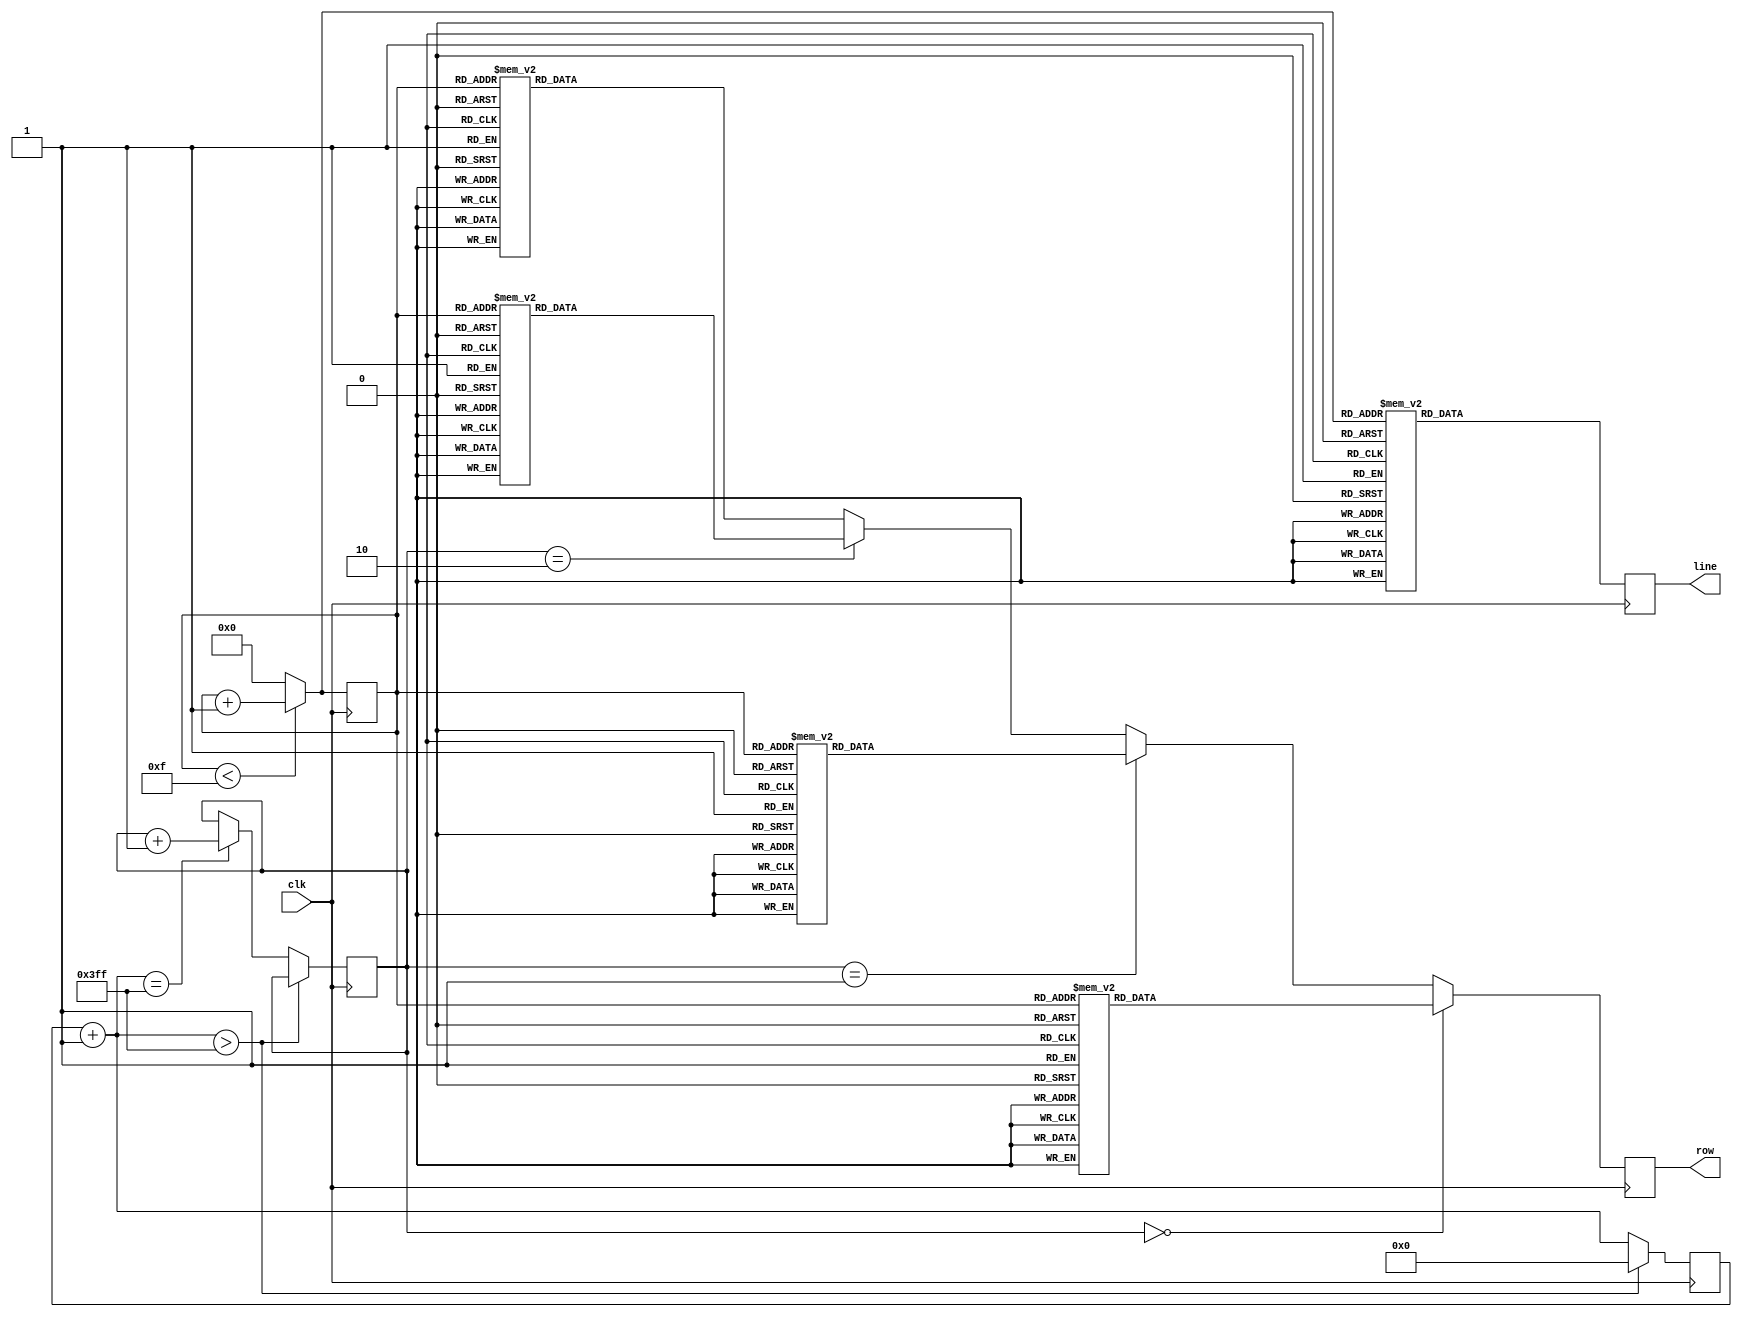
`timescale 1ns / 1ps
module name(clk,row,line);
    input clk;
    output [15:0] row;   //
    output [3:0] line;   //
    reg [3:0] count = 'd0; //
    reg [9:0] num = 'd0;  //
    reg [2:0] S = 'd0;    //
    reg [3:0] line = 16'b1111111111111110; //
    reg [15:0] row = 16'b0100000000001000; //led

    always @(posedge clk) begin
        num = num + 1'b1;
        if (num > 10'd1023)
            num = 10'd00000000;
        else if (num == 10'd1023) begin //
            if (S == 4'd010) begin
                S = 3'b000;
            end else begin
                S = S + 1'b1;
            end
        end else begin
            S = S;
        end
    end

    always @(posedge clk) begin
        if (count < 4'd15) begin
            line = 3'b111; // 
            count = count + 1'd1;
        end else begin
            count = 4'd0;
        end
        // line3line[count] = 1'b0
        // count0
        case (count[3:0])
            4'd0: line = 4'b0000;
            4'd1: line = 4'b0001;
            4'd2: line = 4'b0010;
            4'd3: line = 4'b0011;
            4'd4: line = 4'b0100;
            4'd5: line = 4'b0101;
            4'd6: line = 4'b0110;
            4'd7: line = 4'b0111;
            4'd8: line = 4'b1000;
            4'd9: line = 4'b1001;
            4'd10: line = 4'b1010;
            4'd11: line = 4'b1011;
            4'd12: line = 4'b1100;
            4'd13: line = 4'b1101;
            4'd14: line = 4'b1110;
            4'd15: line = 4'b1111;
            default: line = 4'b111; // 
        endcase
    end

    always @(posedge clk) begin
        if (S == 4'b000) begin //  150
            case (count)
                4'b0000: row = 16'b0000000000000000;
                4'b0001: row = 16'b0000000000000000;
                4'b0010: row = 16'b0111111111111100;
                4'b0011: row = 16'b0000000100000000;
                4'b0100: row = 16'b0000000100000000;
                4'b0101: row = 16'b0000000100000000;
                4'b0110: row = 16'b0000000100000000;
                4'b0111: row = 16'b0000000100000000;
                4'b1000: row = 16'b0011111111111000;
                4'b1001: row = 16'b0000000100000000;
                4'b1010: row = 16'b0000000100000000;
                4'b1011: row = 16'b0000000100000000;
                4'b1100: row = 16'b0000000100000000;
                4'b1101: row = 16'b0000000100000000;
                4'b1110: row = 16'b1111111111111111;
                4'b1111: row = 16'b0000000000000000;
                default: row = 16'b0;
            endcase
        end else if (S == 4'b001) begin //
            case (count)
                4'b0000: row = 16'b0000001000000000;
                4'b0001: row = 16'b0000000100000000;
                4'b0010: row = 16'b0000000100000000;
                4'b0011: row = 16'b1111111111111110;
                4'b0100: row = 16'b0001000000010000;
                4'b0101: row = 16'b0001000000010000;
                4'b0110: row = 16'b0000100000100000;
                4'b0111: row = 16'b0000100000100000;
                4'b1000: row = 16'b0000010001000000;
                4'b1001: row = 16'b0000001010000000;
                4'b1010: row = 16'b0000000100000000;
                4'b1011: row = 16'b0000001010000000;
                4'b1100: row = 16'b0000010001000000;
                4'b1101: row = 16'b0000100000100000;
                4'b1110: row = 16'b0011000000011000;
                4'b1111: row = 16'b1100000000000110;
                default: row = 16'b0;
            endcase
        end else if (S == 4'b010) begin //
            case (count)
                4'b0000: row = 16'b0000000100000000;
                4'b0001: row = 16'b0010000100000000;
                4'b0010: row = 16'b0001000111111100;
                4'b0011: row = 16'b0001001000000000;
                4'b0100: row = 16'b1000010111111000;
                4'b0101: row = 16'b0100000100001000;
                4'b0110: row = 16'b0100100101001000;
                4'b0111: row = 16'b0000100100101000;
                4'b1000: row = 16'b0001011111111110;
                4'b1001: row = 16'b0001000100001000;
                4'b1010: row = 16'b1110001001001000;
                4'b1011: row = 16'b0010001000101000;
                4'b1100: row = 16'b0010001111111100;
                4'b1101: row = 16'b0010000000001000;
                4'b1110: row = 16'b0010000001010000;
                4'b1111: row = 16'b0000000000100000;
                default: row = 16'b0;
            endcase
        end else begin //
            case (count)
                4'b0000: row = 16'b0;
                4'b0001: row = 16'b0;
                4'b0010: row = 16'b0;
                4'b0011: row = 16'b0;
                4'b0100: row = 16'b0;
                4'b0101: row = 16'b0;
                4'b0110: row = 16'b0;
                4'b0111: row = 16'b0;
                4'b1000: row = 16'b0;
                4'b1001: row = 16'b0;
                4'b1010: row = 16'b0;
                4'b1011: row = 16'b0;
                4'b1100: row = 16'b0;
                4'b1101: row = 16'b0;
                4'b1110: row = 16'b0;
                4'b1111: row = 16'b0;
                default: row = 16'b0;
            endcase
        end
    end
endmodule